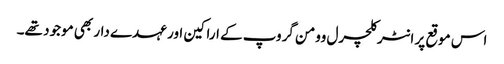
اس موقع پر انٹر کلچرل وومن گروپ کے اراکین اور عہدے دار بھی موجود تھے۔